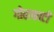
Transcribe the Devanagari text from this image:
गोराकाटी